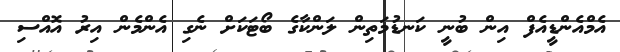
އެމްއެންޑީއެފް އިން ބުނީ ކަނޑުމަތިން ލަންކާގެ ބޯޓަކަށް ނެގި އެންމެން އިރު އޮއްސި